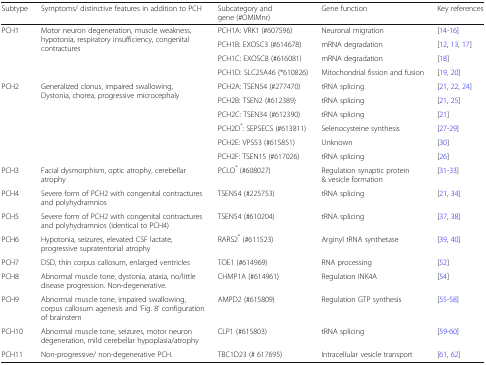
<table><thead><tr><td><b>Subtype</b></td><td><b>Symptoms/ distinctive features in addition to PCH</b></td><td><b>Subcategory and gene (#OMIMnr)</b></td><td><b>Gene function</b></td><td><b>Key references</b></td></tr></thead><tbody><tr><td rowspan="4">PCH1</td><td rowspan="4">Motor neuron degeneration, muscle weakness, hypotonia, respiratory insufficiency, congenital contractures</td><td>PCH1A: VRK1 (#607596)</td><td>Neuronal migration</td><td>[14-16]</td></tr><tr><td>PCH1B: EXOSC3 (#614678)</td><td>mRNA degradation</td><td>[12, 13, 17]</td></tr><tr><td>PCH1C: EXOSC8 (#616081)</td><td>mRNA degradation</td><td>[18]</td></tr><tr><td>PCH1D: SLC25A46 (*610826)</td><td>Mitochondrial fission and fusion</td><td>[19, 20]</td></tr><tr><td rowspan="6">PCH2</td><td rowspan="6">Generalized clonus, impaired swallowing, Dystonia, chorea, progressive microcephaly</td><td>PCH2A: TSEN54 (#277470)</td><td>tRNA splicing</td><td>[21, 22, 24]</td></tr><tr><td>PCH2B: TSEN2 (#612389)</td><td>tRNA splicing</td><td>[21, 25]</td></tr><tr><td>PCH2C: TSEN34 (#612390)</td><td>tRNA splicing</td><td>[21]</td></tr><tr><td>PCH2D<sup>*</sup>: SEPSECS (#613811)</td><td>Selenocysteine synthesis</td><td>[27-29]</td></tr><tr><td>PCH2E: VPS53 (#615851)</td><td>Unknown</td><td>[30]</td></tr><tr><td>PCH2F: TSEN15 (#617026)</td><td>tRNA splicing</td><td>[26]</td></tr><tr><td>PCH3</td><td>Facial dysmorphism, optic atrophy, cerebellar atrophy</td><td>PCLO<sup>*</sup> (#608027)</td><td>Regulation synaptic protein &amp; vesicle formation</td><td>[31-33]</td></tr><tr><td>PCH4</td><td>Severe form of PCH2 with congenital contractures and polyhydramnios</td><td>TSEN54 (#225753)</td><td>tRNA splicing</td><td>[21, 34]</td></tr><tr><td>PCH5</td><td>Severe form of PCH2 with congenital contractures and polyhydramnios (identical to PCH4)</td><td>TSEN54 (#610204)</td><td>tRNA splicing</td><td>[37, 38]</td></tr><tr><td>PCH6</td><td>Hypotonia, seizures, elevated CSF lactate, progressive supratentorial atrophy</td><td>RARS2<sup>*</sup> (#611523)</td><td>Arginyl tRNA synthetase</td><td>[39, 40]</td></tr><tr><td>PCH7</td><td>DSD, thin corpus callosum, enlarged ventricles</td><td>TOE1 (#614969)</td><td>RNA processing</td><td>[52]</td></tr><tr><td>PCH8</td><td>Abnormal muscle tone, dystonia, ataxia, no/little disease progression. Non-degenerative.</td><td>CHMP1A (#614961)</td><td>Regulation INK4A</td><td>[54]</td></tr><tr><td>PCH9</td><td>Abnormal muscle tone, impaired swallowing, corpus callosum agenesis and ‘Fig. 8’ configuration of brainstem</td><td>AMPD2 (#615809)</td><td>Regulation GTP synthesis</td><td>[55-58]</td></tr><tr><td>PCH10</td><td>Abnormal muscle tone, seizures, motor neuron degeneration, mild cerebellar hypoplasia/atrophy</td><td>CLP1 (#615803)</td><td>tRNA splicing</td><td>[59-60]</td></tr><tr><td>PCH11</td><td>Non-progressive/ non-degenerative PCH.</td><td>TBC1D23 (# 617695)</td><td>Intracellular vesicle transport</td><td>[61, 62]</td></tr></tbody></table>